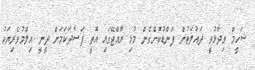
ޝަހީމް ވިދާޅުވީ ދައުލަތުން ފަންޑުކޮށްގެން މުޅި ރާއްޖޭގައި އޮތީ ފަސާދަކަމަށް ދީނީ އިލްމުވެރިޔަކު